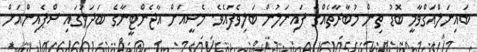
ބައިނަލްއަގްވާމީ ބޮޑު ތިން މުބާރާތެއްގެ ފައިނަލުން ބަލިވެފައެވެ. މެސީއަށް އާޖެންޓީނާގެ ބަދަލުގައި ސްޕެއިންއަށް